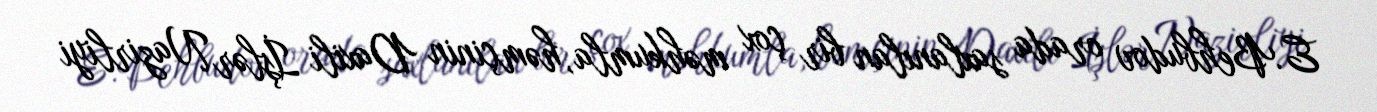
E.Behbudov orada saxlanılan bir çox məhkumla, həmçinin Daxili İşlər Nazirliyi